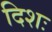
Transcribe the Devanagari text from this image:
दिशः